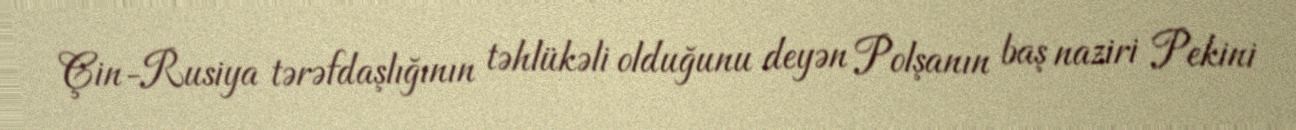
Çin-Rusiya tərəfdaşlığının təhlükəli olduğunu deyən Polşanın baş naziri Pekini